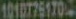
10107751704